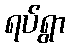
ရပ်ရွာ